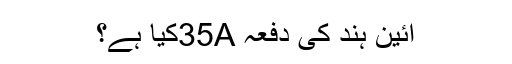
آئین ہند کی دفعہ 35Aکیا ہے؟